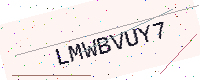
Text: LMWBVUY7